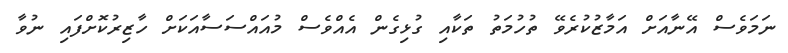
ނަމަވެސް އޭނާއަށް އަމާޒުކުރެވޭ ތުހުމަތު ތަކާއި ގުޅިގެން އެއްވެސް މުއައްސަސާއަކަށް ހާޒިރުކޮށްފައި ނުވާ